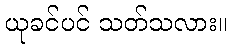
ယုခင်ပင် သတ်သလား။